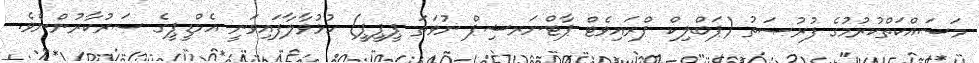
މަސައްކަތްކުރުމުގެ ފުރުޞަތު (ޕަބްލިކް ޕްރައިވެޓް ޕާޓްނަރޝިޕް ނުވަތަ ޕީޕީޕީ) ހުޅުވާލާފައިވަނީ އެމްޑީޕީގެ ސަރުކާރުންނެވެ.